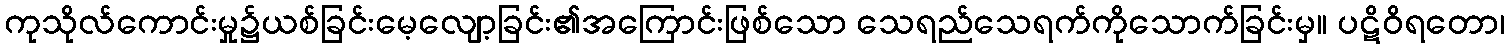
ကုသိုလ်ကောင်းမှု၌ယစ်ခြင်းမေ့လျော့ခြင်း၏အကြောင်းဖြစ်သော သေရည်သေရက်ကိုသောက်ခြင်းမှ။ ပဋိဝိရတော၊